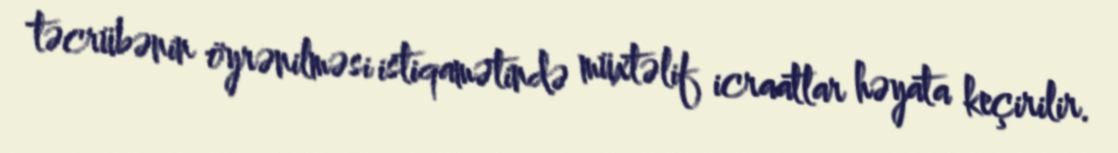
təcrübənin öyrənilməsi istiqamətində müxtəlif icraatlar həyata keçirilir.